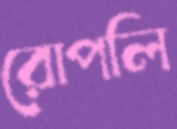
রোপলি